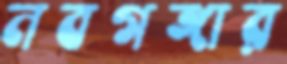
নবগঙ্গার